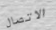
الاتصال